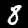
Label: 8